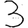
Digit: 3